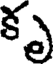
కృ